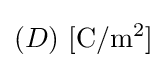
(D)\ \mathrm {[C/m^{2}]}